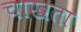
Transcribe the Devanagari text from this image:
चाखता